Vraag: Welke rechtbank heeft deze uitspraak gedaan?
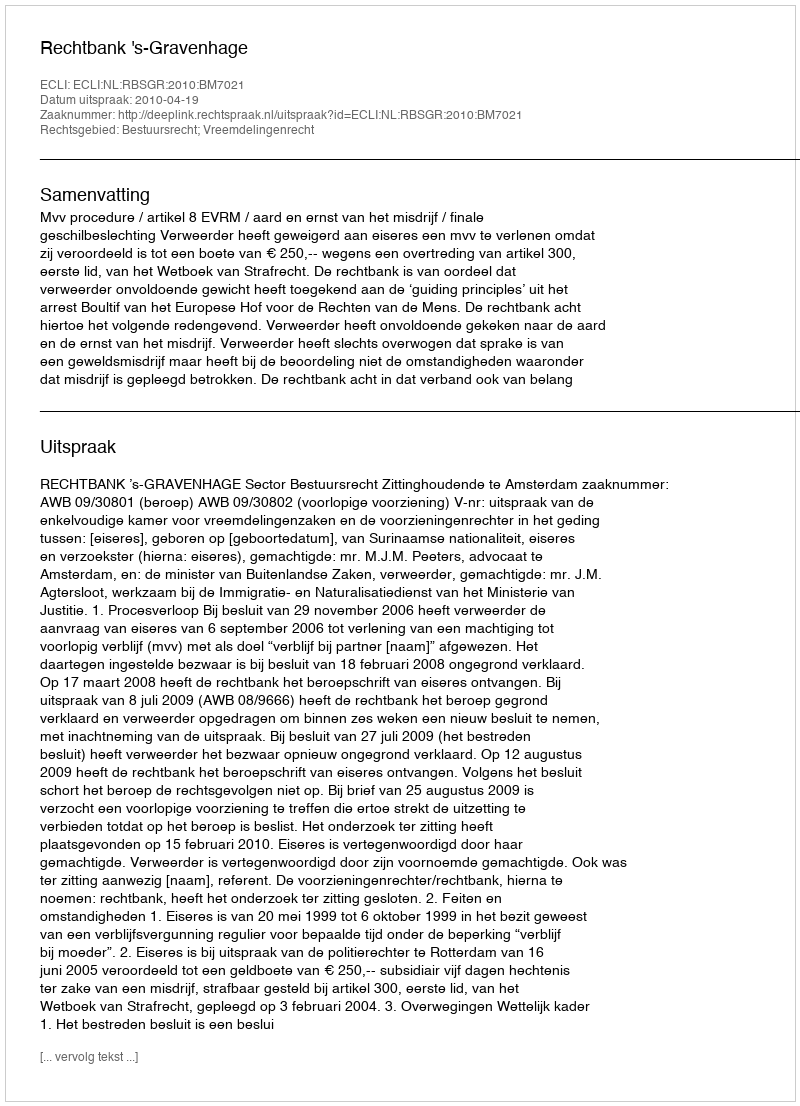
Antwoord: Rechtbank 's-Gravenhage